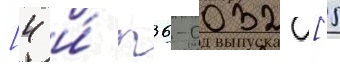
[4 и́ п36-0032 [5